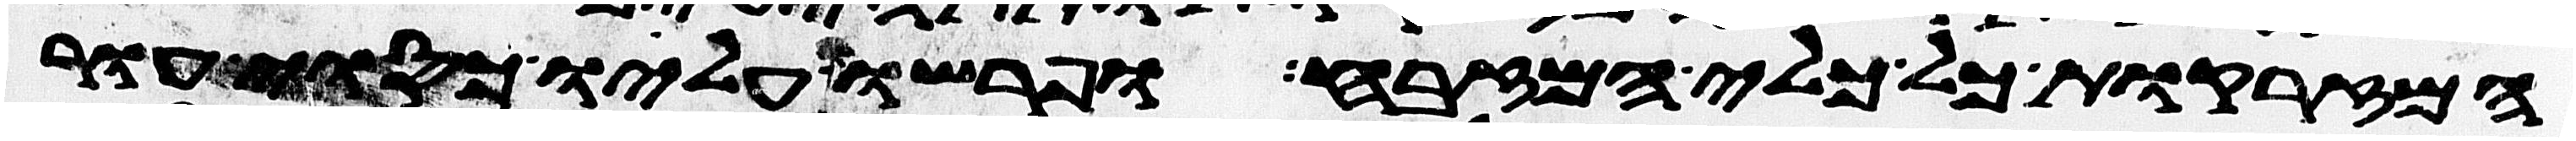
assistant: המזרקות כל כלי המזבח ופרשו עליו כסוי עור